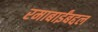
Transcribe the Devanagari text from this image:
रमाबाईंबद्दल